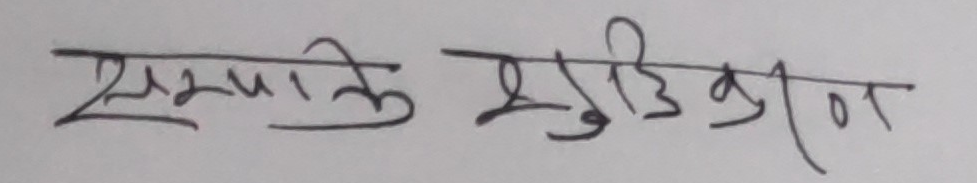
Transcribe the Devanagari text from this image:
सम्पत्तिको शुद्धीकरण